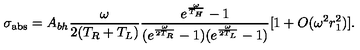
\sigma _ { \mathrm { a b s } } = A _ { b h } { \frac { \omega } { 2 ( T _ { R } + T _ { L } ) } } { \frac { e ^ { \frac { \omega } { T _ { H } } } - 1 } { ( e ^ { \frac { \omega } { 2 T _ { R } } } - 1 ) ( e ^ { \frac { \omega } { 2 T _ { L } } } - 1 ) } } [ 1 + O ( \omega ^ { 2 } r _ { 1 } ^ { 2 } ) ] .